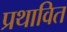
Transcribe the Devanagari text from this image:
प्रथावित